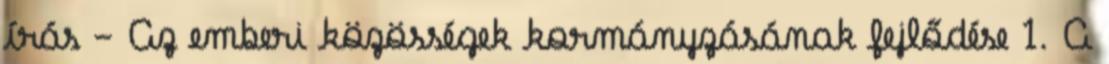
írás - Az emberi közösségek kormányzásának fejlődése 1. A